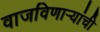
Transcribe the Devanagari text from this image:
वाजविणार्‍यांची